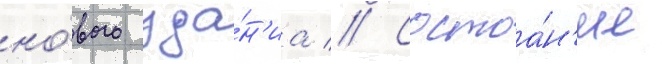
но́вого зда́н'иа // Состоа́н'ие